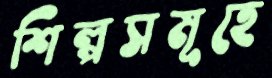
শিল্পসমূহে